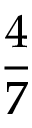
\frac { 4 } { 7 }